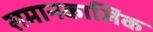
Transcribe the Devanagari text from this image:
समानकालिक